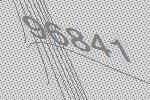
96841